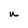
Character: U